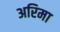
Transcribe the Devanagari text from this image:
अरिमा